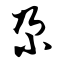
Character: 尕